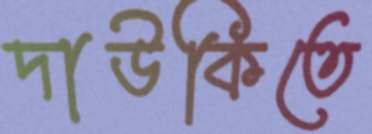
দাউকিতে